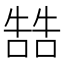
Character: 𠼑